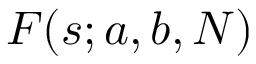
F ( s ; a , b , N )